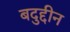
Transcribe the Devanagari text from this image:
बदुद्दीन